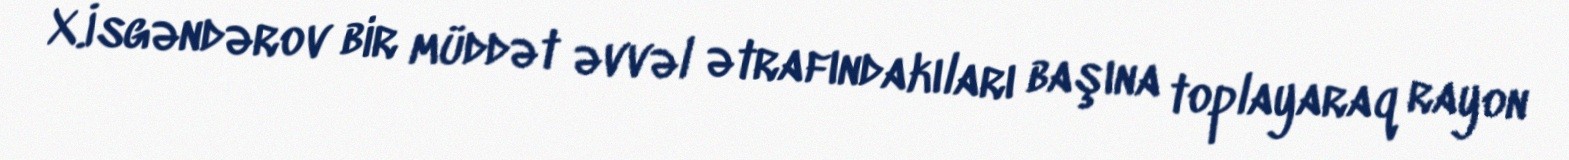
X.İsgəndərov bir müddət əvvəl ətrafındakıları başına toplayaraq rayon